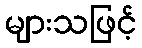
များသဖြင့်